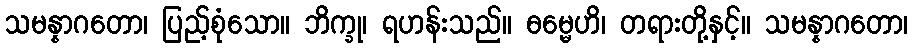
သမန္နာဂတော၊ ပြည့်စုံသော။ ဘိက္ခု၊ ရဟန်းသည်။ ဓမ္မေဟိ၊ တရားတို့နှင့်။ သမန္နာဂတော၊